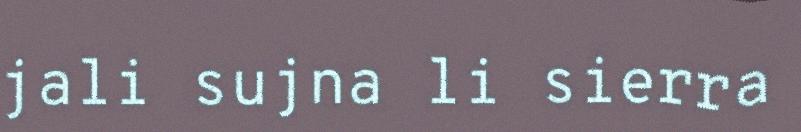
jali sujna li sierra